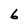
Character: 6